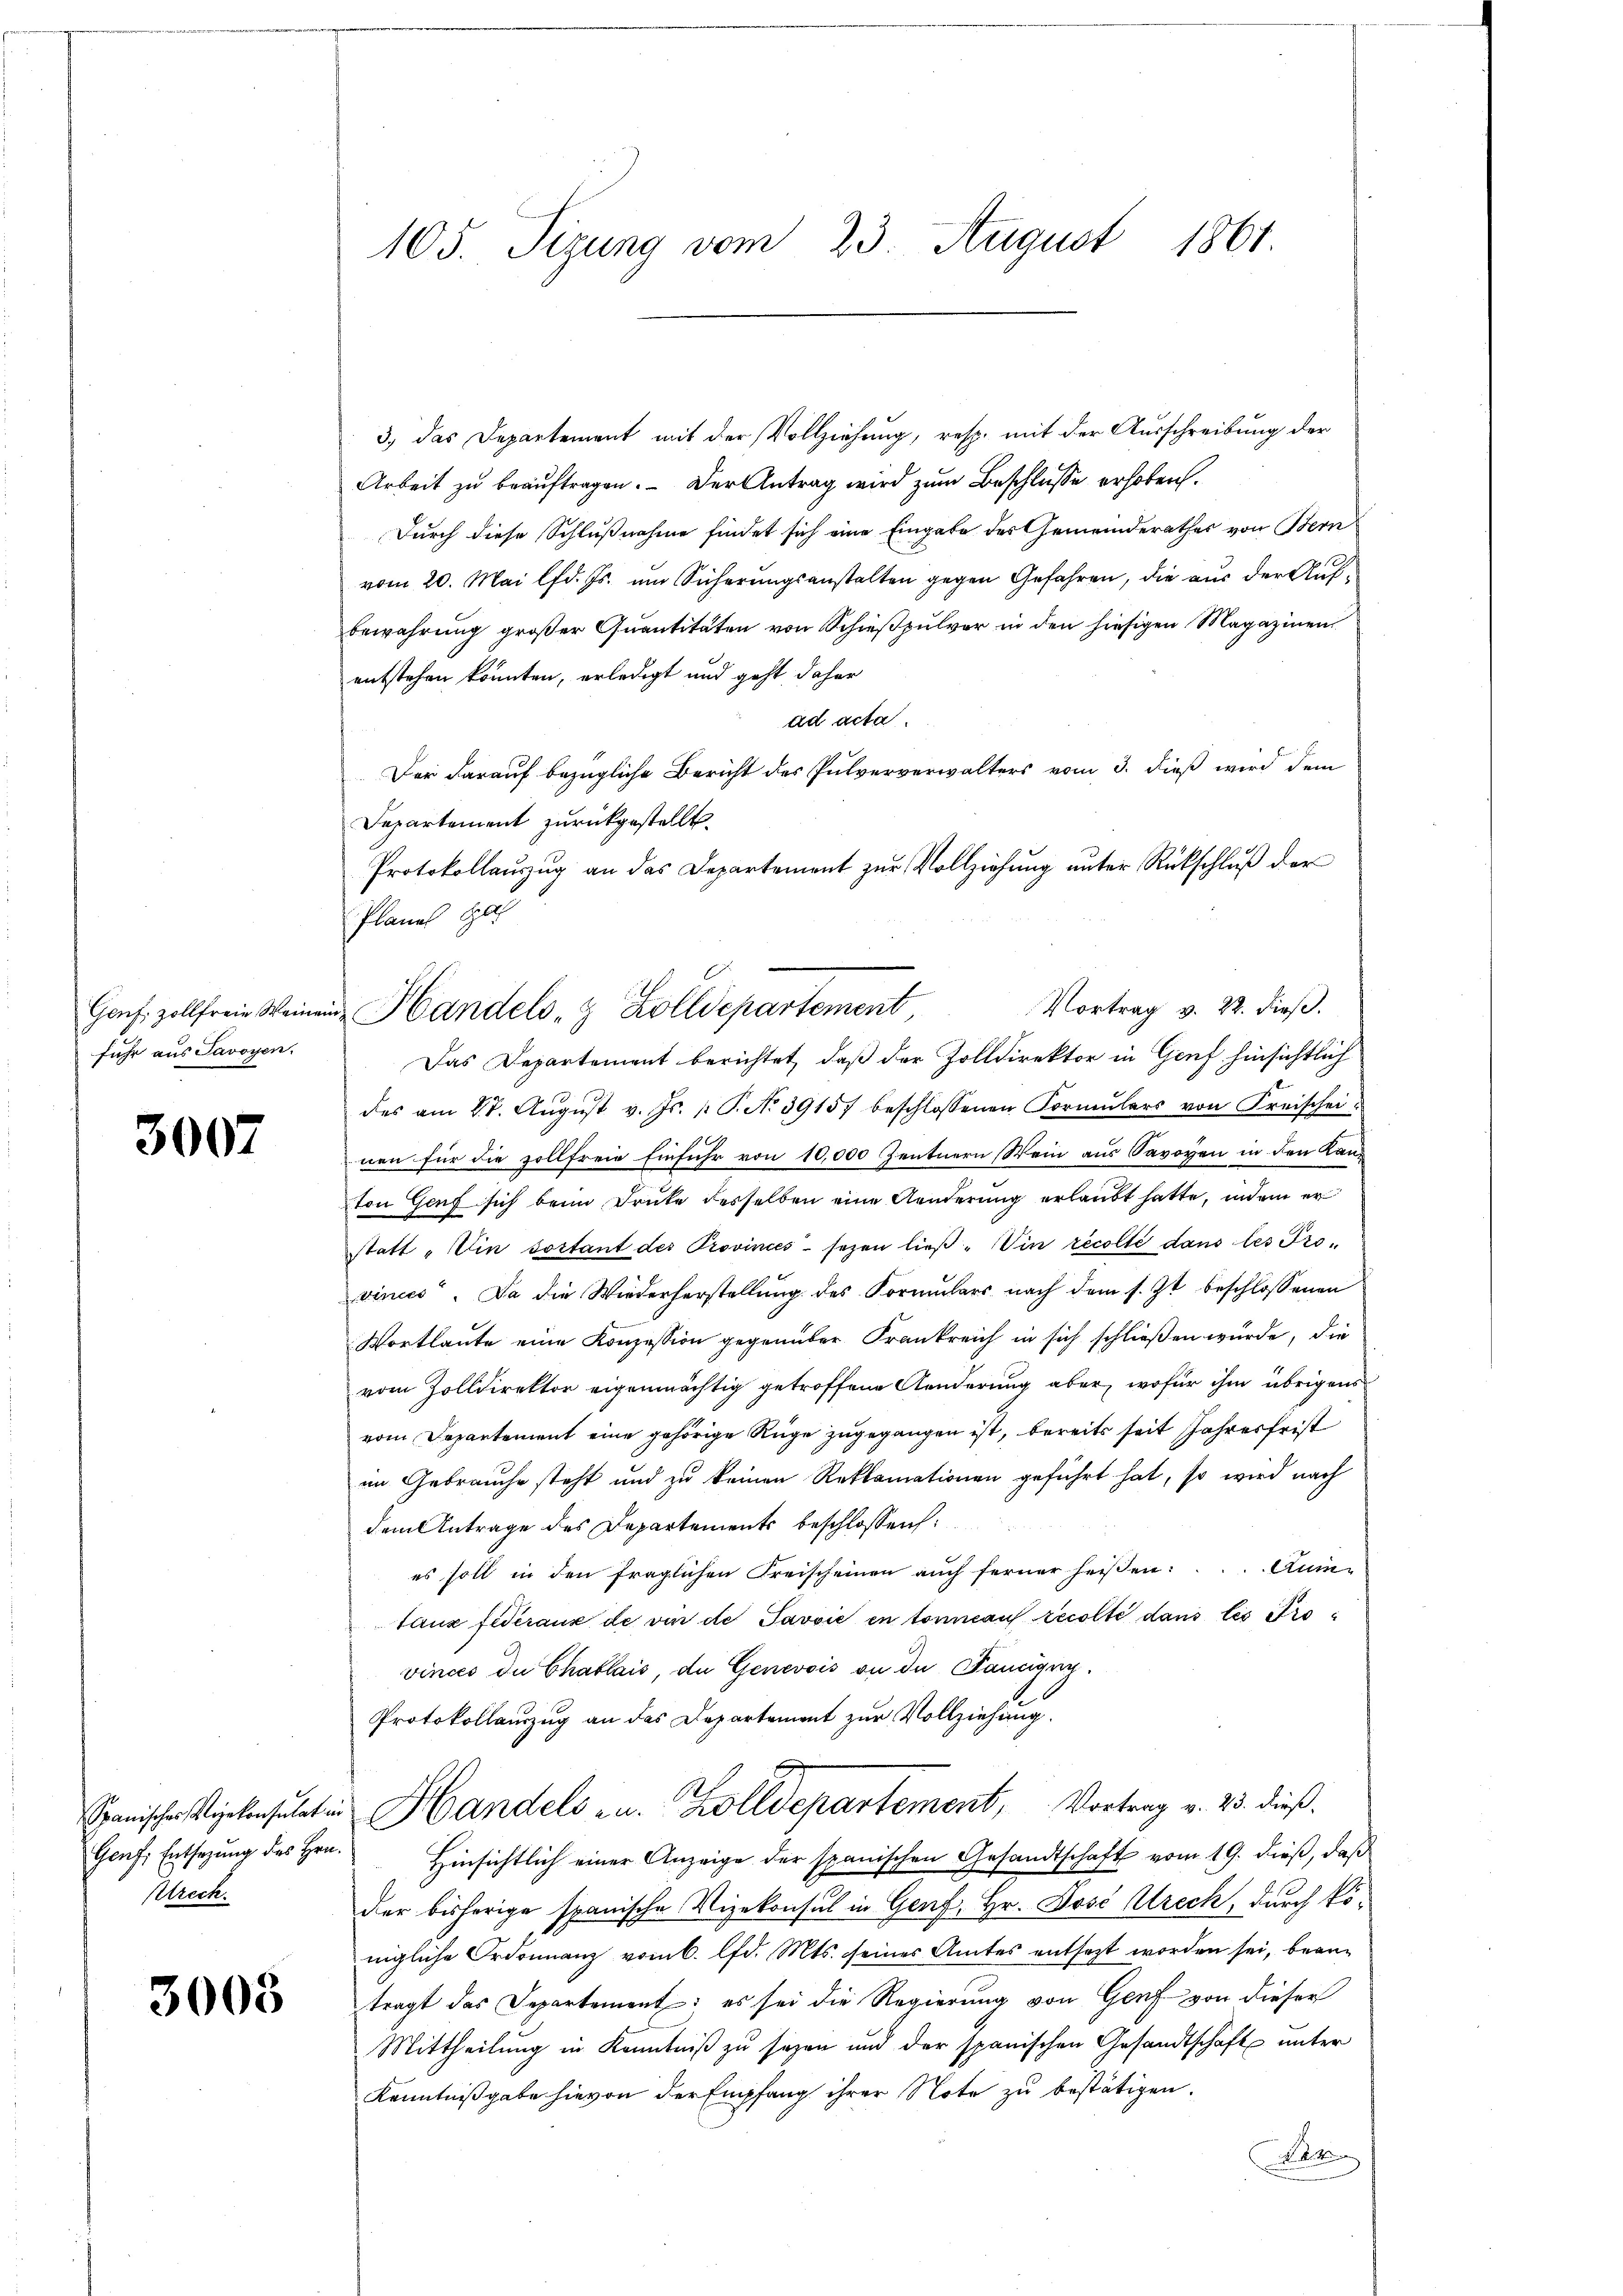
fuhr aus Savoyen.

3007

Genf, Entsagung des Hrn.
Utrech

3008

105. Sizung vom 23. August 1861.

3., das Departement mit der Vollziehung, resp. mit der Ausschreibung der
Arbeit zu beauftragen. - Der Antrag wird zum Beschlüsse erhoben.
Durch diese Schlußnahme findet sich eine Eingabe des Gemeinderathes von Bern
vom 20. Mai lfd. Js. um Sicherungsanstalten gegen Gefahren, die aus der Aufbewahrung großer Quantitäten von Schießpulver in den hiesigen Magazinen
entstehen konnten, erledigt und geht daher
ad acta.
Der darauf bezügliche Bericht des Pulververwalters vom 3. dieß wird dem
Departement zurückgestellt.
Protokollaŭszŭg an das Departement zŭr Vollziehŭng ŭnter Rückschlŭβ der
Planes He
Vortrag v. 22. dieß.
Das Departement berichtet, daß der Zolldirektor in Genf hinsichtlich
des am 28. Aŭgŭst v. Js. 1. P. No 39157 beschlossenen Formŭlars von Kreischei-
nen für die zollfreie Einfuhr von 10,000 Zentnern Wein aus Savoyen in den Land
ton Genf sich beim Druke desselben eine Aenderung erlaubt hatte, indem er
statt „Ein sortant des Provinces sezen ließ "Vin recolté dans les Provinces. Da die Wiederherstellŭng des Formŭlars nach dem s. Zt. beschlossenen
Wortlaute eine Konzession gegenüber Frankreich in sich schließen wurde, die
vom Zolldirektor eigenmächtig getroffene Aenderung aber, wofür ihm übrigens
vom Departement eine gehörige Rüge zugegangen ist, bereits seit Jahresfrist
im Gebrauche steht und zu keinen Reklamationen geführt hat, so wird nach
dem Antrage des Departements beschlossen:
es soll in den fraglichen Kreischeinen auch ferner heißen: Aumtanz fideraux de vin de Pavvić en tornauf recolte dans les Provinces die Chablais, de Genevois an du Panugng.
Protokollauszug an das Departement zur Vollziehung.
Spanische siebensulat in Handels au. Zolldepartement, Vortrag v. 23. dieß.
Hinsichtlich einer Anzeige der spanischen Gesandtschaft vom 19. dieß, daß
der bisherige spanische Vizekonsul in Genf, Hr. José Utreck, durch königliche Ordonnanz vom 6. lfd. Mts. seines Amtes entsetzt worden sei, beantragt das Departement: es sei die Regierung von Genf von dieser
Mittheilŭng in Kenntniβ zŭ sezen und der spanischen Gesandtschäft unter
Kenntnißgabe hievon der Empfang ihrer Note zu bestätigen.
F

Gons zollfreie Weinen Handels- & Zolldepartement